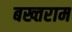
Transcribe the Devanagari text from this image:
बख्तराम